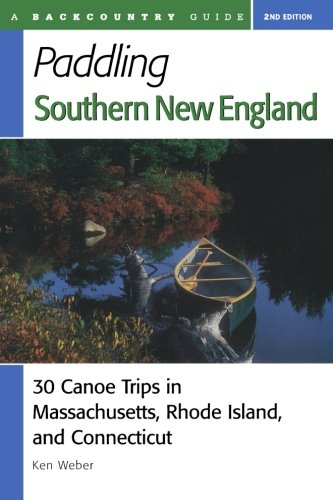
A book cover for Paddling Southern New England: 30 Canoe Trips in Massachusetts, Rhode Island, and Connecticut, Second Edition; Ken Weber; Travel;